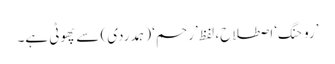
’روحنگ‘ اصطلاح، لفظ ’رحم‘ (ہمدردی) سے پھوٹی ہے۔